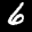
Label: 6